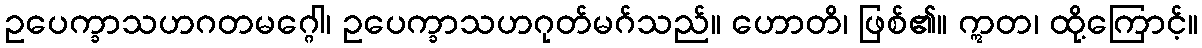
ဥပေက္ခာသဟဂတမဂ္ဂေါ၊ ဥပေက္ခာသဟဂုတ်မဂ်သည်။ ဟောတိ၊ ဖြစ်၏။ ဣတ၊ ထို့ကြောင့်။